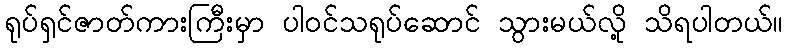
ရုပ်ရှင်ဇာတ်ကားကြီးမှာ ပါဝင်သရုပ်ဆောင် သွားမယ်လို့ သိရပါတယ်။